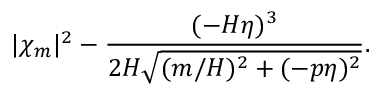
| \chi _ { m } | ^ { 2 } - \frac { ( - H \eta ) ^ { 3 } } { 2 H \sqrt { ( m / H ) ^ { 2 } + ( - p \eta ) ^ { 2 } } } .